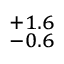
^ { + 1 . 6 } _ { - 0 . 6 }